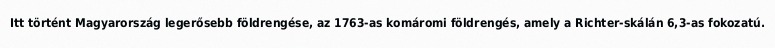
Itt történt Magyarország legerősebb földrengése, az 1763-as komáromi földrengés, amely a Richter-skálán 6,3-as fokozatú.